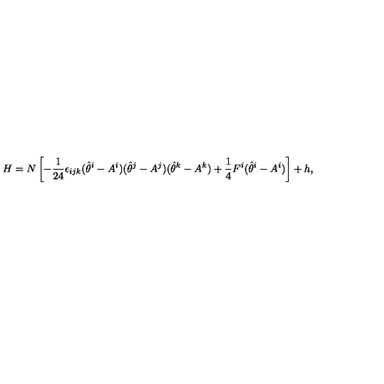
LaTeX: H = N \left[ - \frac { 1 } { 2 4 } \epsilon _ { i j k } ( \hat { \theta } ^ { i } - A ^ { i } ) ( \hat { \theta } ^ { j } - A ^ { j } ) ( \hat { \theta } ^ { k } - A ^ { k } ) + \frac { 1 } { 4 } F ^ { i } ( \hat { \theta } ^ { i } - A ^ { i } ) \right] + h ,